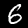
Digit: 6